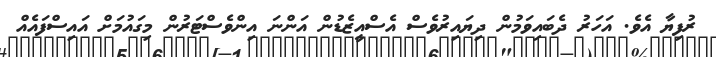
ރުފިޔާ އެވެ. އަހަރު ދެބައިވަމުން ދިޔައިރުވެސް އެސްއީޒެޑުން އަންނަ އިންވެސްޓަރުން މިގައުމަށް އައިސްފައެއް